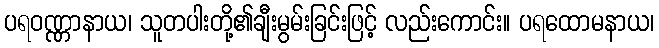
ပရဝဏ္ဏာနာယ၊ သူတပါးတို့၏ချီးမွမ်းခြင်းဖြင့် လည်းကောင်း။ ပရထောမနာယ၊